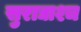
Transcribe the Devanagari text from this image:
सुराद्याश्च